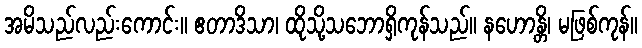
အမိသည်လည်းကောင်း။ ဧတာဒိသာ၊ ထိုသို့သဘောရှိကုန်သည်။ နဟောန္တိ၊ မဖြစ်ကုန်။